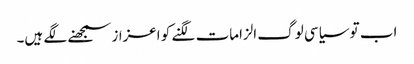
اب تو سیاسی لوگ الزامات لگنے کو اعزاز سمجھنے لگے ہیں۔